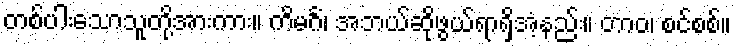
တစ်ပါးသောသူတို့အားကား။ ကိမင်္ဂံ၊ အဘယ်ဆိုဖွယ်ရာရှိအံ့နည်း။ တာဝ၊ စင်စစ်။